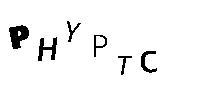
PHYPTC